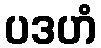
ပဒဟံ